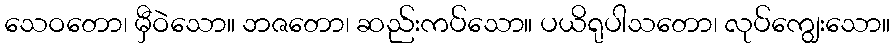
သေဝတော၊ မှီဝဲသော။ ဘဇတော၊ ဆည်းကပ်သော။ ပယိရုပါသတော၊ လုပ်ကျွေးသော။